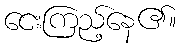
ငေးကြည့်နေ၏။